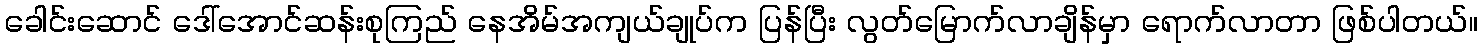
ခေါင်းဆောင် ဒေါ်အောင်ဆန်းစုကြည် နေအိမ်အကျယ်ချုပ်က ပြန်ပြီး လွတ်မြောက်လာချိန်မှာ ရောက်လာတာ ဖြစ်ပါတယ်။